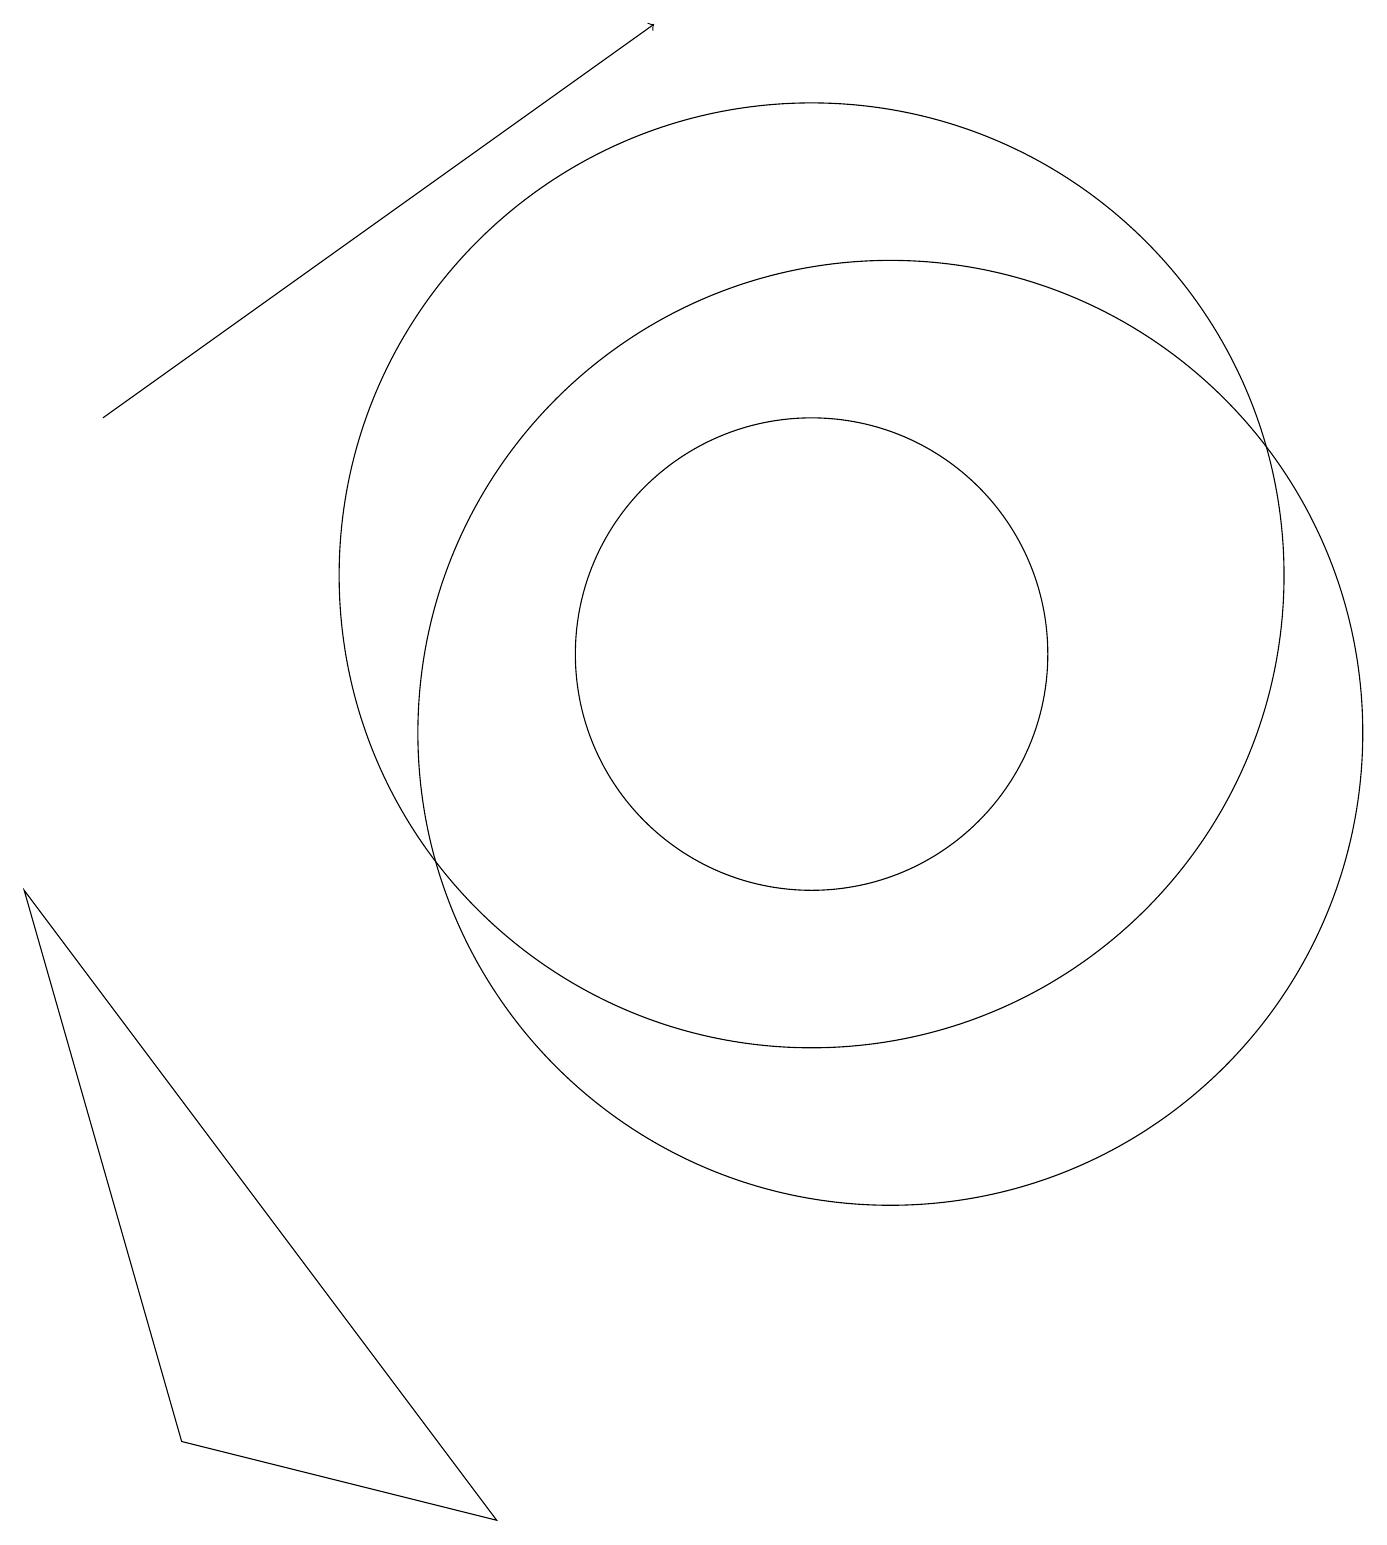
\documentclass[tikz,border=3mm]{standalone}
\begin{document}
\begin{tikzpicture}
\draw (10,11) circle (0);
\draw (11,11) circle (3);
\draw (12,10) circle (6);
\draw (7,0) -- (3,1) -- (1,8) -- cycle;
\draw (11,12) circle (6);
\draw[->] (2,14) -- (9,19);
\draw (3,16) rectangle (3,16);
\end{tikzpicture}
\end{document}